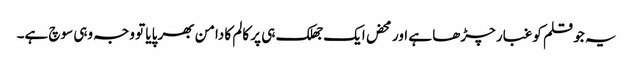
یہ جو قلم کو غبار چڑھا ہے اور محض ایک جھلک ہی پر کالم کا دامن بھر پایا تو وجہ وہی سوچ ہے۔